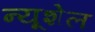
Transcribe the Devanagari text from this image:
न्यूशेल